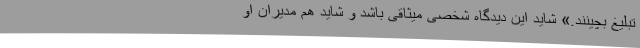
تبلیغ بچینند.» شاید این دیدگاه شخصی میثاقی باشد و شاید هم مدیران او